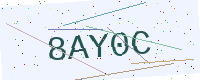
Text: 8AY0C